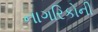
નાગરિકોની